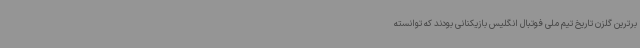
برترین گلزن تاریخ تیم ملی فوتبال انگلیس بازیکنانی بودند که توانسته